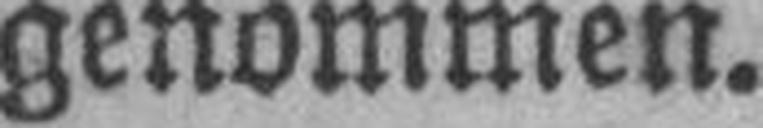
genommen.